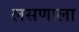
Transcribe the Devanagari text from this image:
लसणाला